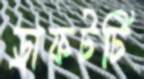
ড্রাফটটি